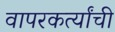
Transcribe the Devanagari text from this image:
वापरकर्त्यांची